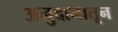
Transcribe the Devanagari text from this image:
अनुदानातून